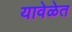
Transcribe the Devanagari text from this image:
यावेळेत